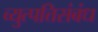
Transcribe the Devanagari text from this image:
व्युत्पत्तिसंबंध